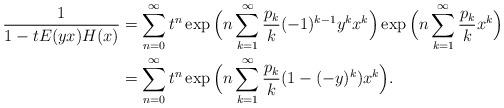
LaTeX: \begin{align*}\frac{1}{1-tE(yx)H(x)} & =\sum_{n=0}^{\infty}t^{n}\exp\Big(n\sum_{k=1}^{\infty}\frac{p_{k}}{k}(-1)^{k-1}y^{k}x^{k}\Big)\exp\Big(n\sum_{k=1}^{\infty}\frac{p_{k}}{k}x^{k}\Big)\\ & =\sum_{n=0}^{\infty}t^{n}\exp\Big(n\sum_{k=1}^{\infty}\frac{p_{k}}{k}(1-(-y)^{k})x^{k}\Big).\end{align*}